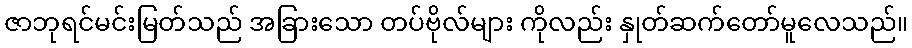
ဇာဘုရင်မင်းမြတ်သည် အခြားသော တပ်ဗိုလ်များ ကိုလည်း နှုတ်ဆက်တော်မူလေသည်။